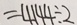
= 4 1 4 4 \div 2